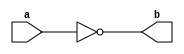
module NOT1(
  input a,
  output b
);
  assign b=~a;
endmodule